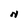
Character: N